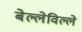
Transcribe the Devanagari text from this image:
बेल्लेविल्ले